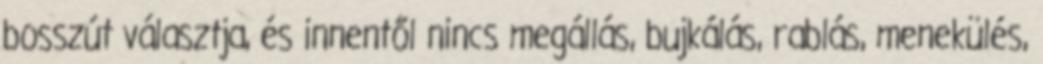
bosszút választja, és innentől nincs megállás, bujkálás, rablás, menekülés,